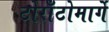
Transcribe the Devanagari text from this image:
टोराँटोमार्गे